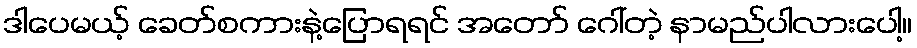
ဒါပေမယ့် ခေတ်စကားနဲ့ပြောရရင် အတော် ဂေါ်တဲ့ နာမည်ပါလားပေါ့။